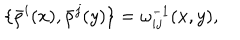
\{ \bar { \rho } ^ { i } ( x ) , \bar { \rho } ^ { j } ( y ) \} = \omega _ { i j } ^ { - 1 } ( x , y ) ,